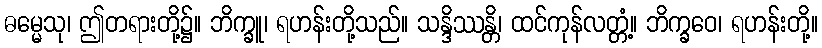
ဓမ္မေသု၊ ဤတရားတို့၌။ ဘိက္ခူ၊ ရဟန်းတို့သည်။ သန္ဒိဿန္တိ၊ ထင်ကုန်လတ္တံ့။ ဘိက္ခဝေ၊ ရဟန်းတို့။